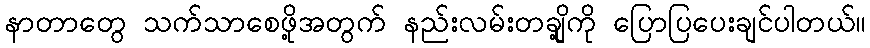
နာတာတွေ သက်သာစေဖို့အတွက် နည်းလမ်းတချို့ကို ပြောပြပေးချင်ပါတယ်။